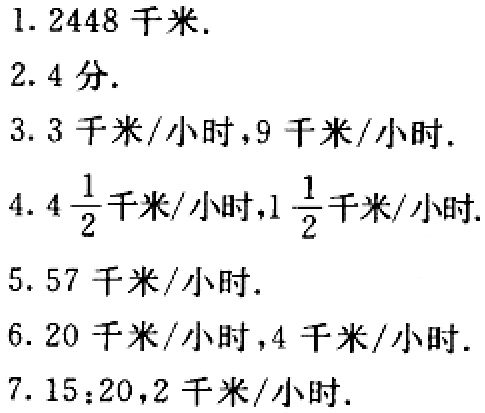
1. \(2448\)千米.

2. \(4\)分.

3. \(3\)千米/小时，\(9\)千米/小时.

4. \(4\frac{1}{2}\)千米/小时，\(1\frac{1}{2}\)千米/小时.

5. \(57\)千米/小时.

6. \(20\)千米/小时，\(4\)千米/小时.

7. \(15:20\)，\(2\)千米/小时.